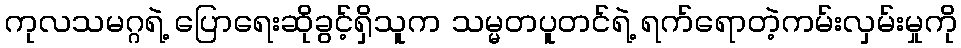
ကုလသမဂ္ဂရဲ့ ပြောရေးဆိုခွင့်ရှိသူက သမ္မတပူတင်ရဲ့ ရက်ရောတဲ့ကမ်းလှမ်းမှုကို